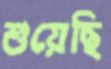
শুয়েছি